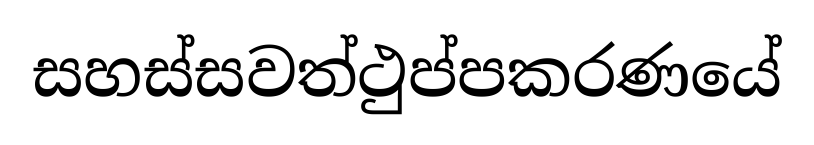
සහස්සවත්ථුප්පකරණයේ